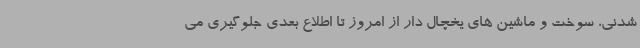
شدنی، سوخت و ماشین ‌های یخچال دار از امروز تا اطلاع بعدی جلوگیری می